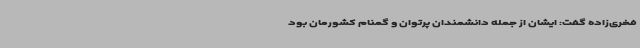
فخری‌زاده گفت: ایشان از جمله دانشمندان پرتوان و گمنام کشورمان بود